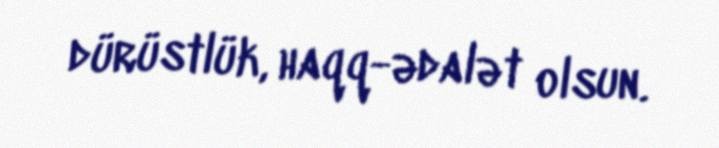
dürüstlük, haqq-ədalət olsun.